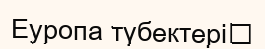
Еуропа түбектері‎